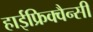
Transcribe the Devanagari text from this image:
हाईफ्रिक्वैन्सी